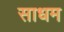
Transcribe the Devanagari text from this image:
साधम